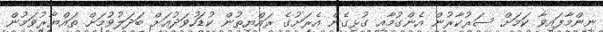
ނިންމާފައިވާ ކަމަށް ސަރުކާރުން އެންގުމާއި ގުޅިގެން އެރަށުގެ ރައްޔިތުން ކުޑަހުވަދުއަށް ބަދަލުވުމަށް ތައްޔާރުވަމުން